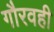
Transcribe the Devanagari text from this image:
गौरवही